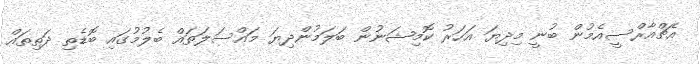
އެޗްއާރްސީއެމުން ބުނީ މިދިޔަ އަހަރު ކޮމިޝަނުން ބަލަމުންދިޔަ މައްސަލަތައް ބެލުމުގައި ބޮޑެތި ދަތިތައް